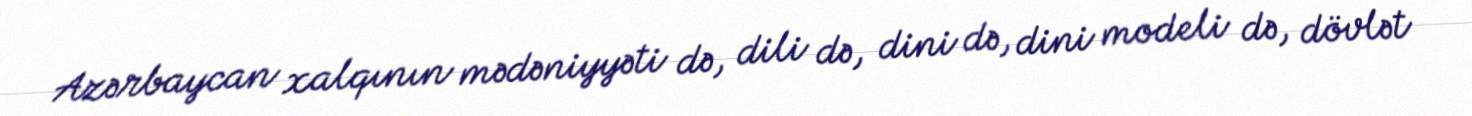
Azərbaycan xalqının mədəniyyəti də, dili də, dini də, dini modeli də, dövlət